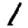
Digit: 1